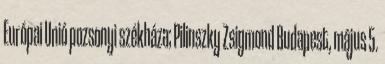
Európai Unió pozsonyi székháza; Pilinszky Zsigmond Budapest, május 5.